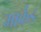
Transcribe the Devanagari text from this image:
मार्कंड